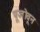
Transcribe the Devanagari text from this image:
पूजॊवून